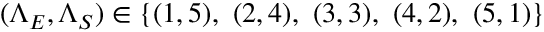
( \Lambda _ { E } , \Lambda _ { S } ) \in \{ ( 1 , 5 ) , ~ ( 2 , 4 ) , ~ ( 3 , 3 ) , ~ ( 4 , 2 ) , ~ ( 5 , 1 ) \}